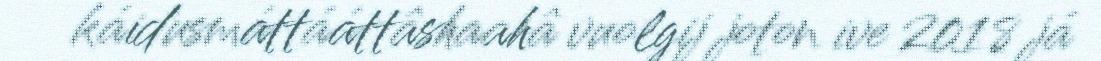
káidusmáttááttâshaahâ vuolgij joton ive 2018 já